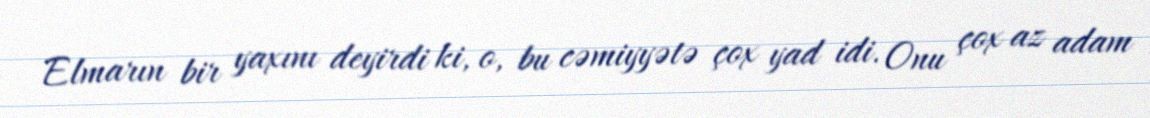
Elmarın bir yaxını deyirdi ki, o, bu cəmiyyətə çox yad idi. Onu çox az adam